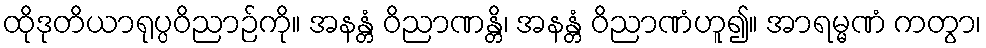
ထိုဒုတိယာရုပ္ပဝိညာဉ်ကို။ အနန္တံ ဝိညာဏန္တိ၊ အနန္တံ ဝိညာဏံဟူ၍။ အာရမ္မဏံ ကတွာ၊